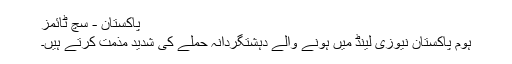
پاکستان - سچ ٹائمز
ہوم پاکستان نیوزی لینڈ میں ہونے والے دہشتگردانہ حملے کی شدید مذمت کرتے ہیں۔